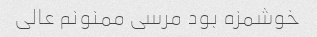
خوشمزه بود مرسی ممنونم عالی